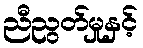
ညီညွတ်မှုနှင့်